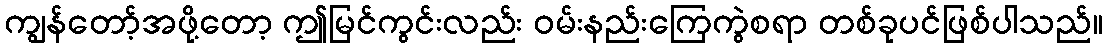
ကျွန်တော့်အဖို့တော့ ဤမြင်ကွင်းလည်း ဝမ်းနည်းကြေကွဲစရာ တစ်ခုပင်ဖြစ်ပါသည်။